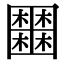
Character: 𡈹